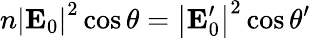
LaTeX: n\left\vert\mathbf{E}_{0}\right\vert^{2}\cos\theta=\left\vert\mathbf{E}_{0}^{\prime}\right\vert^{2}\cos\theta^{\prime}